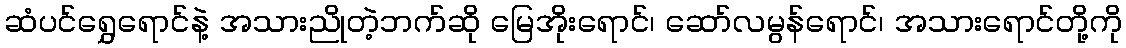
ဆံပင်ရွှေရောင်နဲ့ အသားညိုတဲ့ဘက်ဆို မြေအိုးရောင်၊ ဆော်လမွန်ရောင်၊ အသားရောင်တို့ကို